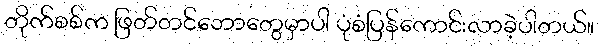
တိုက်စစ်က ဖြတ်တင်ဘောတွေမှာပါ ပုံစံပြန်ကောင်းလာခဲ့ပါတယ်။